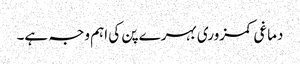
دماغی کمزوری بہرے پن کی اہم وجہ ہے۔